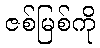
ဇစ်မြစ်ကို